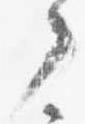
了